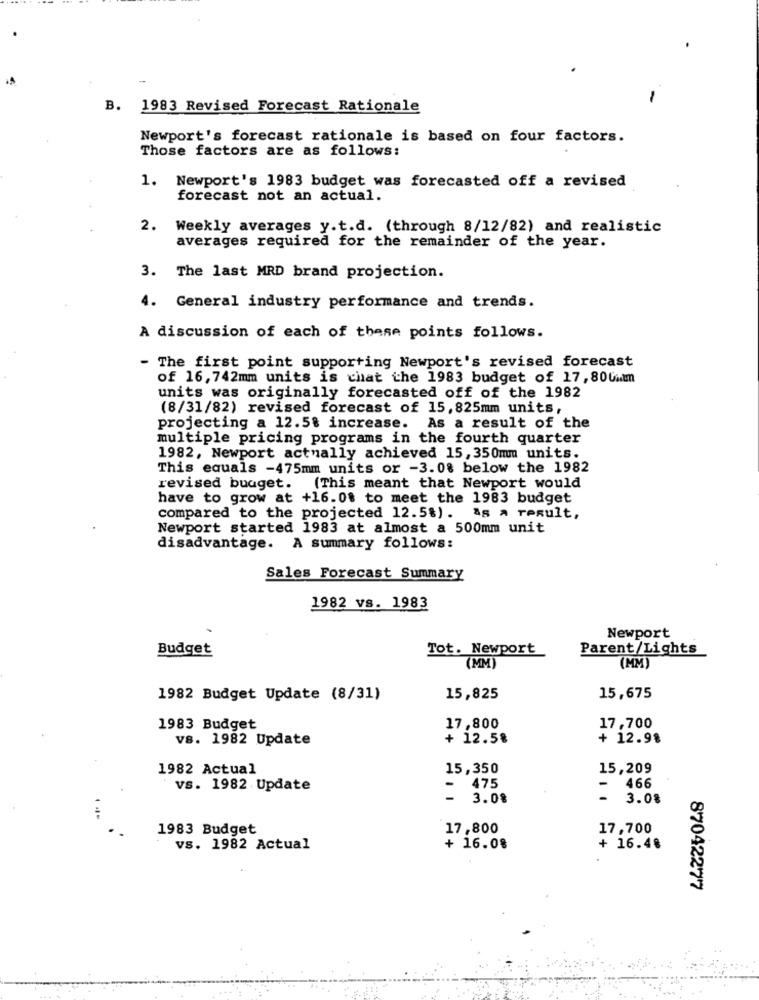
B. 1983 Revised Forecast Rationale
Newport's forecast rationale is based on four factors.
Those factors are as follows:
1. Newport's 1983 budget was forecasted off a revised
forecast not an actual.
2.
Weekly averages y.t.d. (through 8/12/82) and realistic
averages required for the remainder of the year.
3. The last MRD brand projection.
4. General industry performance and trends.
A discussion of each of these points follows.
The first point supporting Newport's revised forecast
of 16, 742mm units is chat the 1983 budget of 17, 800wlm
units was originally forecasted off of the 1982
(8/31/82) revised forecast of 15,825mm units,
projecting a 12.5% increase. As a result of the
multiple pricing programs in the fourth quarter
1982, Newport actually achieved 15, 350mm units.
This equals -475mm units or -3.08 below the 1982
revised budget. (This meant that Newport would
have to grow at +16.08 to meet the 1983 budget
compared to the projected 12.5%). as a result,
Newport started 1983 at almost a 500mm unit
disadvantage. A summary follows:
Sales Forecast Summary
1982 vs. 1983
Newport
Budget
Tot. Newport
Parent/Lights
(MM)
(MM)
1982 Budget Update (8/31)
15,825
15,675
1983 Budget
17,800
17,700
vs. 1982 Update
+ 12.5%
+ 12.98
1982 Actual
15,350
15,209
475
vs. 1982 Update
466
3.0%
-
3.0%
1983 Budget
17,800
17,700
vs. 1982 Actual
+ 16.08
+ 16.48
87042277